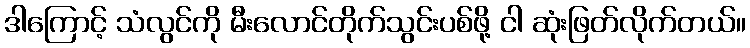
ဒါကြောင့် သံလွင်ကို မီးလောင်တိုက်သွင်းပစ်ဖို့ ငါ ဆုံးဖြတ်လိုက်တယ်။